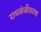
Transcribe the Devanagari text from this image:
रामसंजीवरया